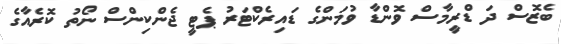
ބެޒޮސް ދަ ޑްރީމާސް ވޮންޑާ ވުމަންގެ ޑައިރެކްޓަރު ޕެޓީ ޖެންކިންސް ނޯތު ކޮރެއާގެ